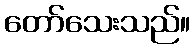
တော်သေးသည်။